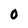
Character: 0